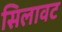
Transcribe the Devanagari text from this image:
सिलावट